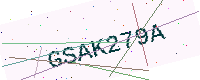
Text: GSAK279A